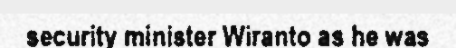
security minister Wiranto as he was